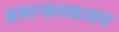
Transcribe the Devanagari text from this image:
कामान्कामकामाय